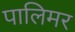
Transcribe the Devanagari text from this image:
पालिमर